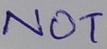
Text: NOT